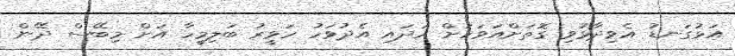
އަޅުގަނޑު އެވިދާޅުވި ގޮތަށްއަވަހަށް ހަދައި އެދުވަހު ހަވީރު ބަލިމީހާ އަށް މިބޭސް ދޭން